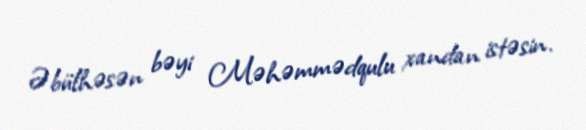
Əbülhəsən bəyi Məhəmmədqulu xandan istəsin.